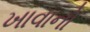
ખાવાનો